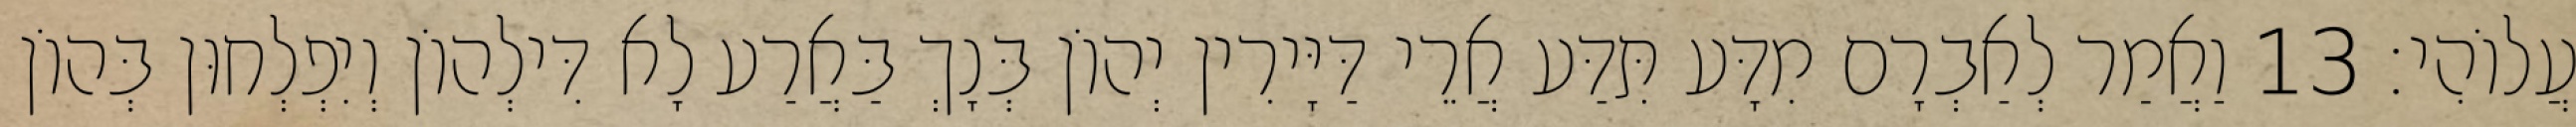
עֲלוֹהִי׃ 13 וַאֲמַר לְאַבְרָם מִדָּע תִּדַּע אֲרֵי דַּיָּירִין יְהוֹן בְּנָךְ בַּאֲרַע לָא דִּילְהוֹן וְיִפְלְחוּן בְּהוֹן